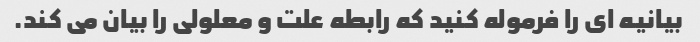
بیانیه ای را فرموله کنید که رابطه علت و معلولی را بیان می کند.